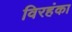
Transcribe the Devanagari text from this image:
विरहंका